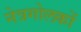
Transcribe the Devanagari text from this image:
नेत्रगोलकों